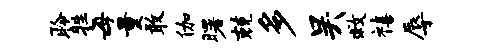
聆牲每量敢伽曙兢多吴救禧辱